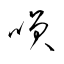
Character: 咲